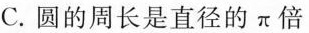
C.圆的周长是直径的π倍